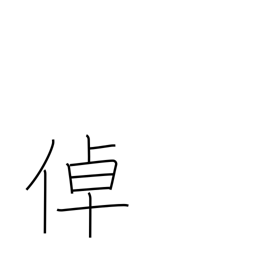
Meaning: remarkable